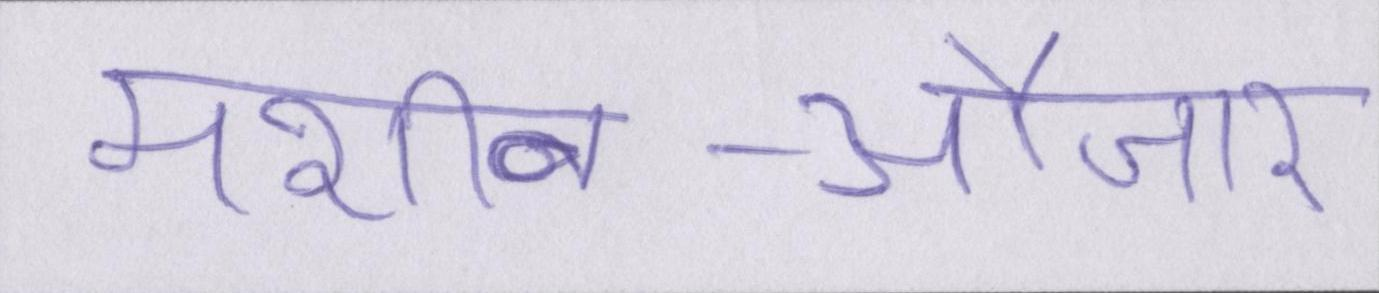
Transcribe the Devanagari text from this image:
मशीन-औजार